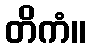
တိကံ။